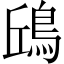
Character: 𩿨